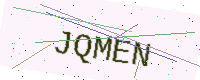
Text: JQMEN